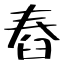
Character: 舂